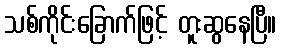
သစ်ကိုင်းခြောက်ဖြင့် တူးဆွနေပြီ။